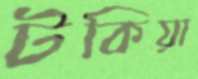
টকিয়া